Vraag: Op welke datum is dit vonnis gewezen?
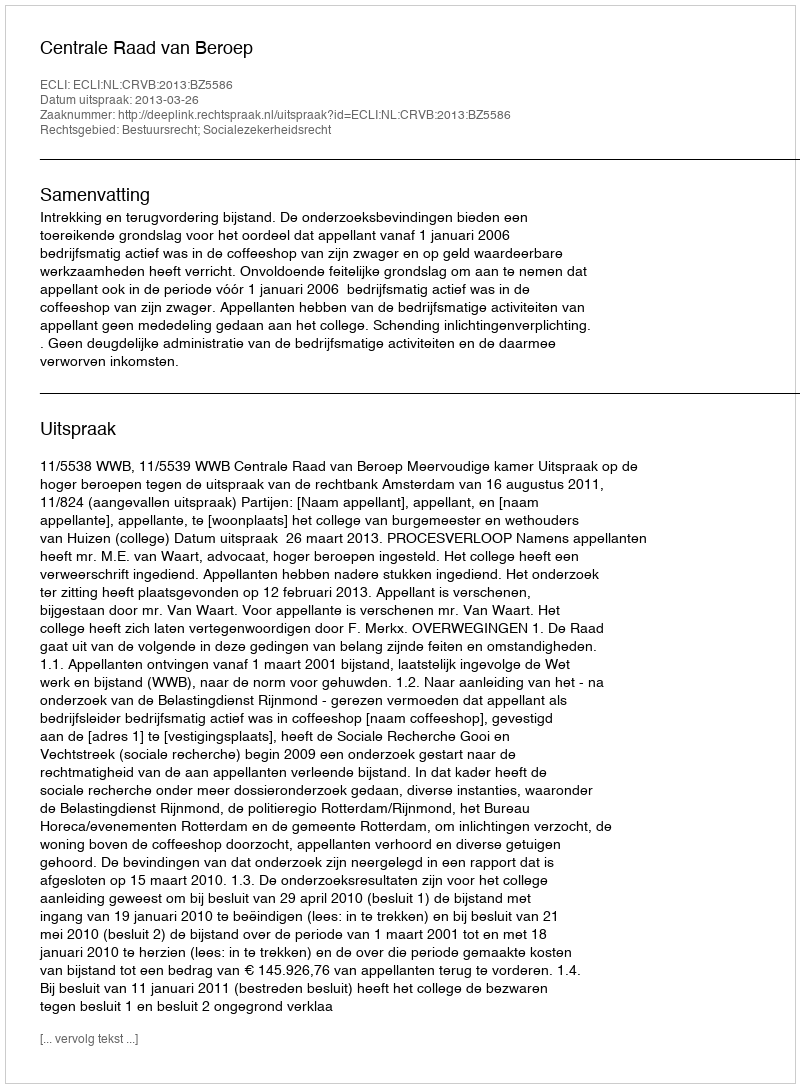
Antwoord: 2013-03-26